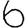
Digit: 6